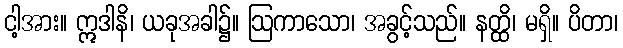
ငါ့အား။ ဣဒါနိ၊ ယခုအခါ၌။ ဩကာသော၊ အခွင့်သည်။ နတ္ထိ၊ မရှိ။ ပိတာ၊